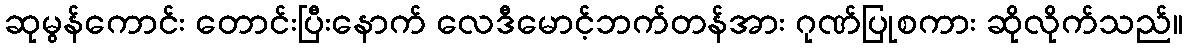
ဆုမွန်ကောင်း တောင်းပြီးနောက် လေဒီမောင့်ဘက်တန်အား ဂုဏ်ပြုစကား ဆိုလိုက်သည်။